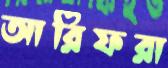
আরিফরা